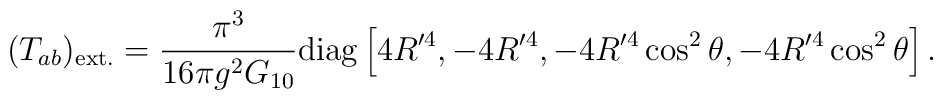
(T_{ab})_{\rm ext.} = \frac{\pi^3}{16\pi g^2 G_{10}} {\rm diag}\left[4 R'^4, - 4 R'^4, - 4 R'^4\cos^2\theta, - 4 R'^4 \cos^2 \theta \right].